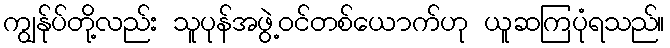
ကျွန်ုပ်တို့လည်း သူပုန်အဖွဲ့ဝင်တစ်ယောက်ဟု ယူဆကြပုံရသည်။